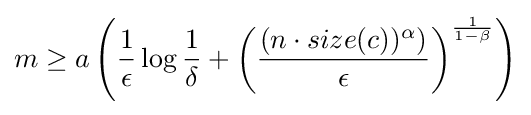
m\geq a\left({\frac {1}{\epsilon }}\log {\frac {1}{\delta }}+\left({\frac {(n\cdot size(c))^{\alpha })}{\epsilon }}\right)^{\frac {1}{1-\beta }}\right)